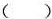
( )